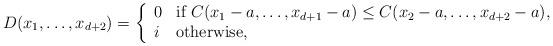
LaTeX: \begin{align*}D(x_1, \dots , x_{d+2})=\left\{ \begin{array}{ll}0 & \textrm{if $C(x_1-a, \dots , x_{d+1}-a) \leq C(x_2-a, \dots , x_{d+2}-a)$}, \\i & \textrm{otherwise},\end{array}\right.\end{align*}